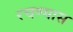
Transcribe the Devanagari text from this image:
रचण्यास